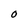
Character: 0